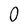
Character: O